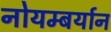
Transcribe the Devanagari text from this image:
नोयम्बर्यान